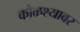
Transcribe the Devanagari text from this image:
कोळश्यावर